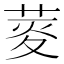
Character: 𦲯